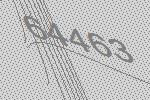
64463